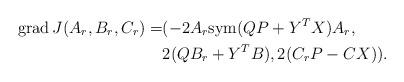
LaTeX: \begin{align*} {\rm grad}\, J(A_r,B_r,C_r) =& ( -2 A_r {\rm sym}(QP+Y^TX)A_r, \\& 2(QB_r+Y^TB), 2(C_rP-CX) ). \end{align*}